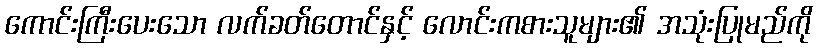
ကောင်းကြီးပေးသော လက်ခတ်တောင်နှင့် လောင်းကစားသူများ၏ အသုံးပြုမည်ကို